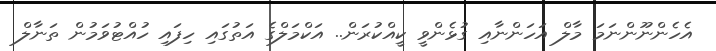
އެހެންނޫންނަމަ މާލް އަހަންނާއި ގުޅެންވީ ކީއްކުރަން.. އަކްމަލްގެ އަތުގައި ހިފައި ހުއްްޓުވަމުން ތަނާލް